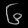
Digit: ၆